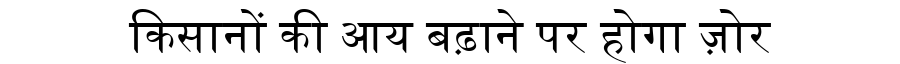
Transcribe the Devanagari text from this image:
किसानों की आय बढ़ाने पर होगा ज़ोर